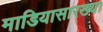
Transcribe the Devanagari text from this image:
माडियासारख्या